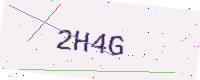
Text: 2H4G